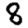
Digit: 8